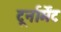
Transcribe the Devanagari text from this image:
टूर्नार्मेंट